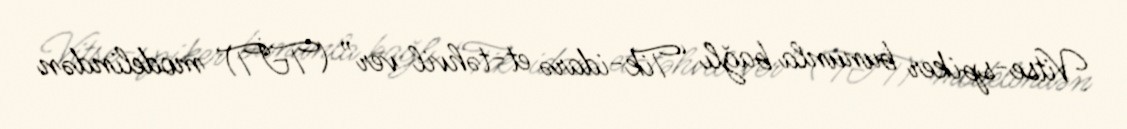
Vitse-spiker bununla bağlı “Tik-idarə et-təhvil ver” (TİT) modelindən